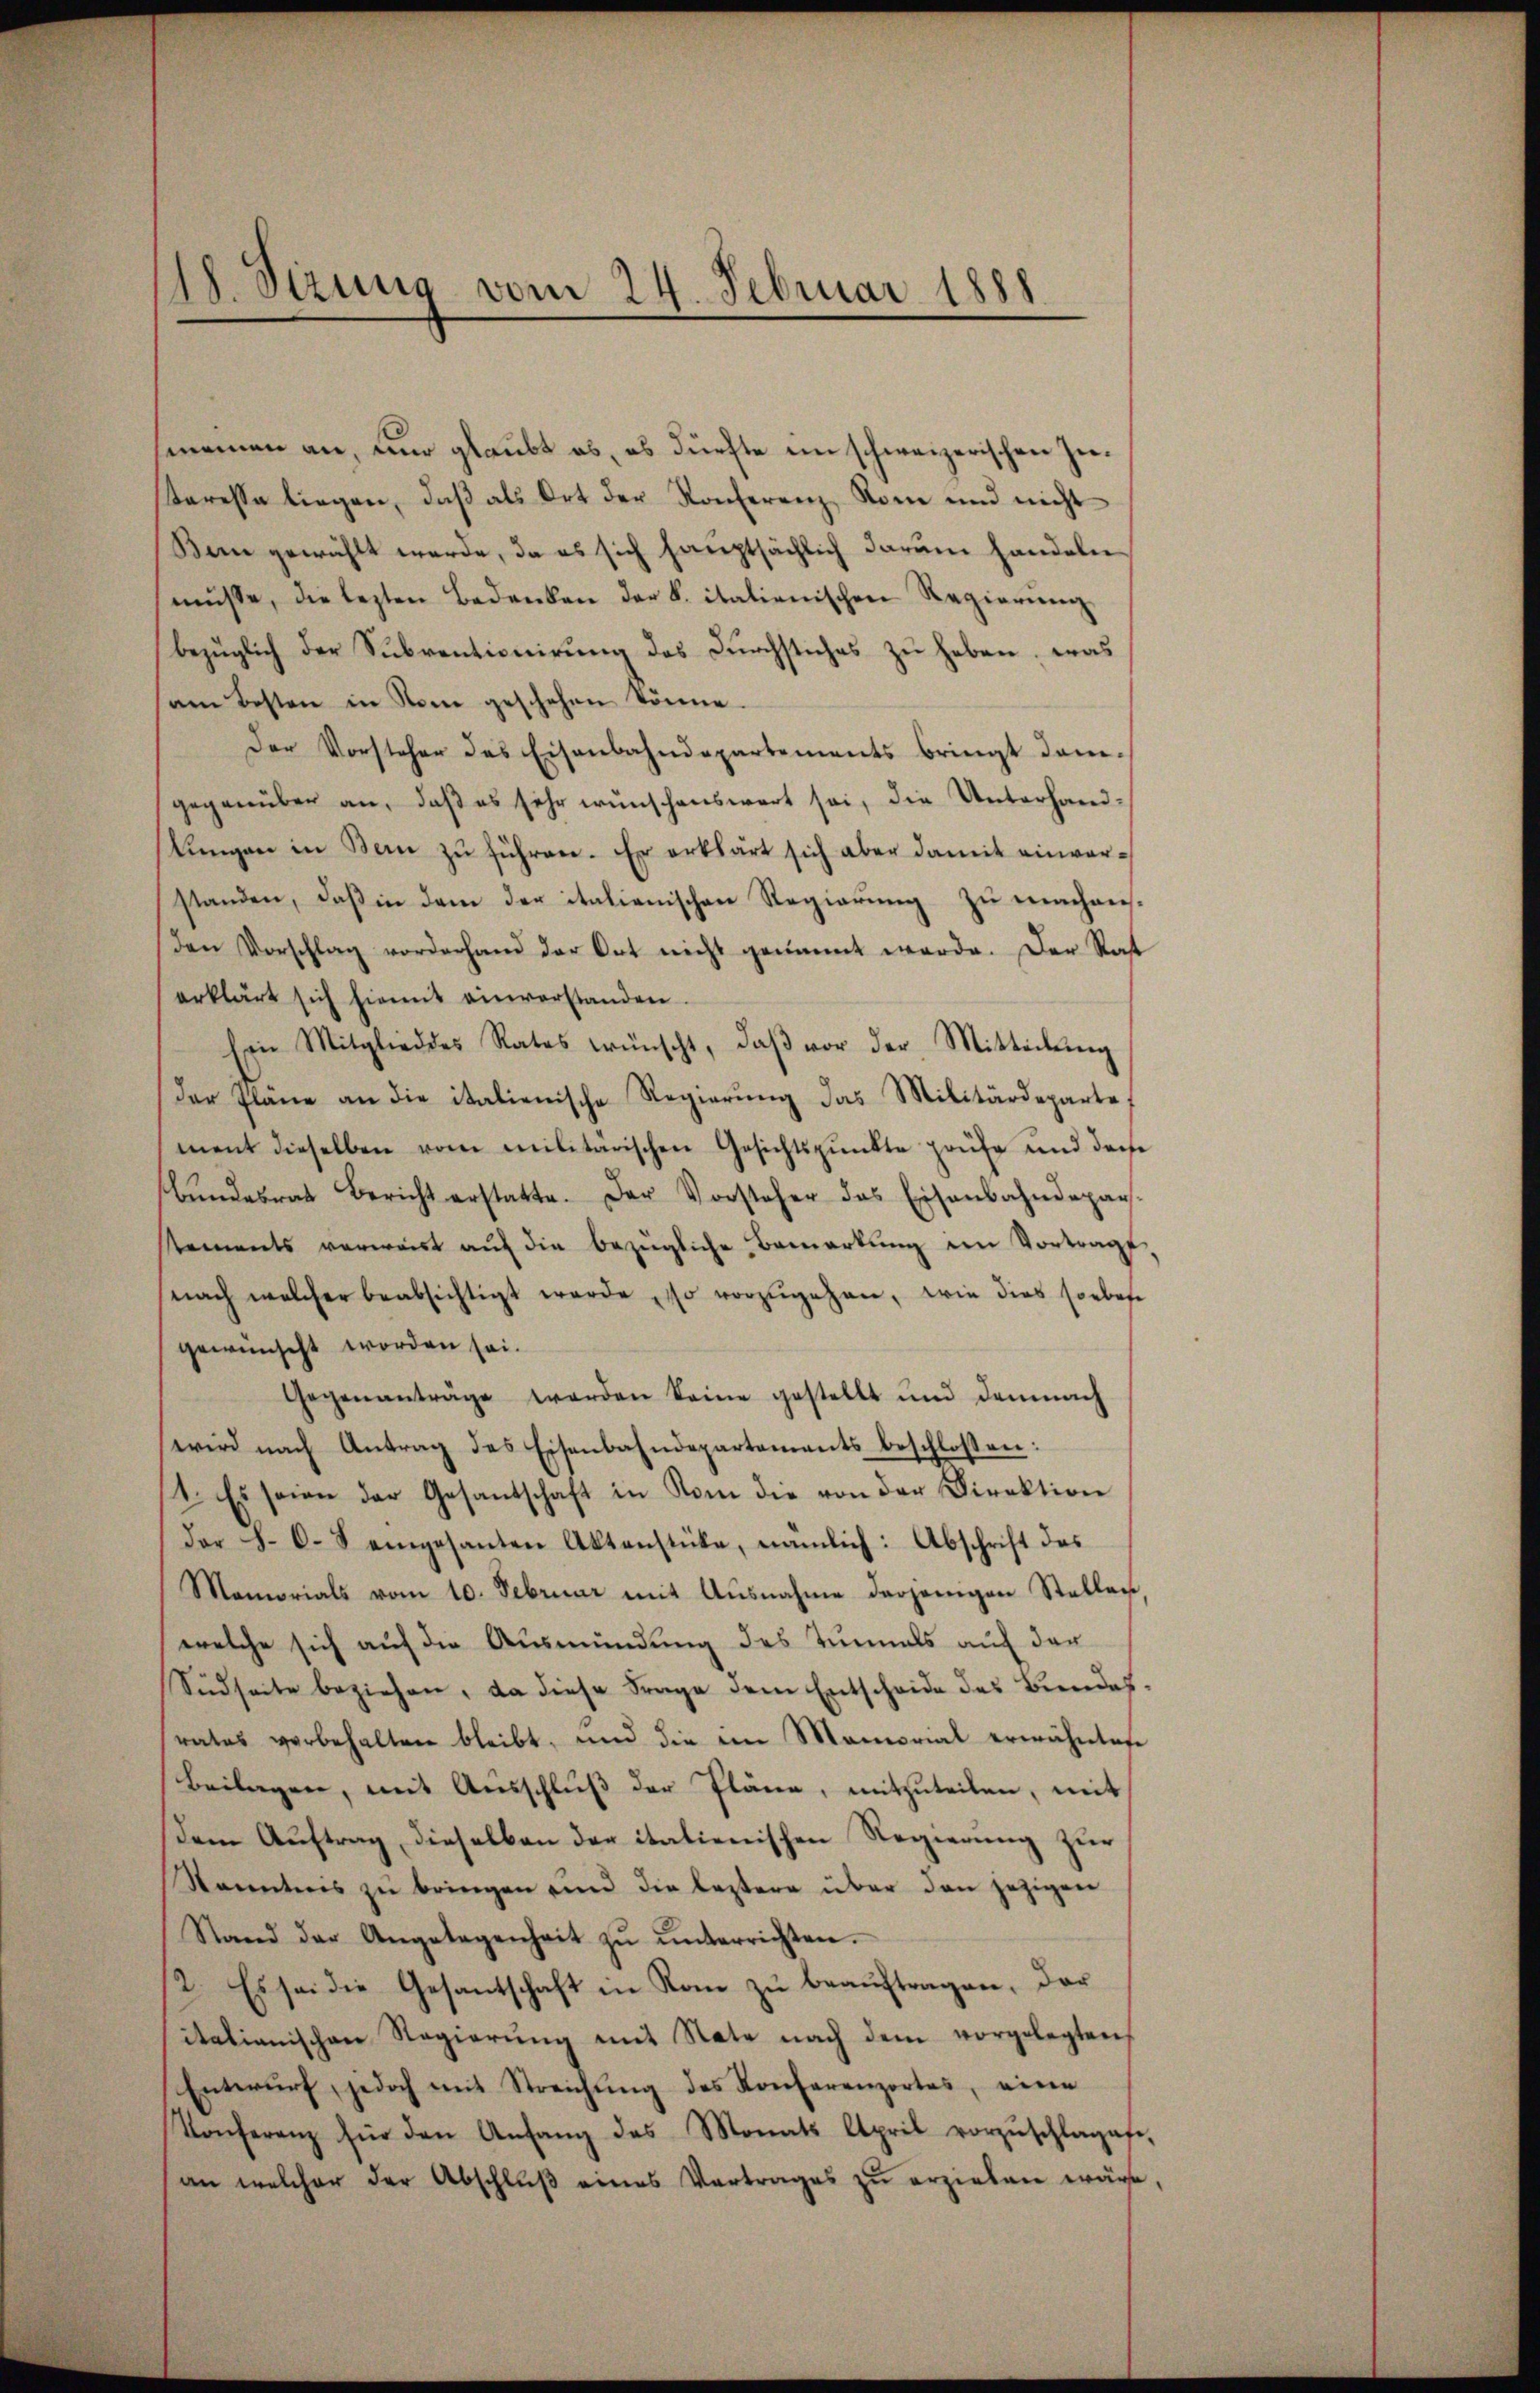
18. Sizung vom 24. Februar 1888.

meinen an, und glaubt es, es dürfte im schweizerischen Zuteresse liegen, daß als Ort der Konferenz Rom und nicht
Ben gewählt werde, da es sich hauptsächlich darum handeln
müsse, die lezten Bedenken der k. italienischen Regierŭng
bezüglich der Subventionirung des Durchstiches zu haben, was
am besten in Sonne geschehen könne.
Der Vorsteher des Eisenbahndepartements bringt dam
gegenüber an, daß es sehr wünschenswert sei, die Unterhandlŭngen in Bern zŭ führen. Er erklärt sich aber damit einverstanden, daß in dem der italienischen Regierung zu machens¬
Den Vorschlag vorderhand der Ort nicht genannt werde. Der Rat
erklärt sich hiemit einverstanden.
Ein Mitglied des Rates wünscht, daβ vor der Mitteilŭng
der Pläne an die italienische Regierŭng das Militärdeparte,
ment dieselben vom Militärischen Gesichtspunkte Haufe und doche
bŭndesrat Bericht erstatte. Der Vorsteher das Eisenbahndepar-
tements verweist aŭf die bezügliche Bemerkŭng im Vortrags
nach welcher beabsichtigt werde so vorzŭgehen, wie dies soebese
gewünscht worden sei.
Gegenanträge werden keine gestellt und demnach
wird nach Antrag des Eisenbahndepartements beschlossen:
1. Es seien der Gesandschaft in Rom die von der Direktion
der §. 6. 8 eingesanten Aktenstücke, nämlich: Abschrift des
Mamorials vom 10. Februar mit Ausnahme derjenigen Stellen
welche sich auf die Ausmündung des Tunnels auf der
Südseite beziehen, da diese Frage dem Entscheide des Beendesrates vorbehalten bleibt, und die im Memorial erwähntete
Beilagen, mit Ausschluß der Pläne, mitzuteilen, mit
dem Aŭftrag dieselben der italienischen Regierŭng zur
Kanntens zŭ bringen und die leztere über den jezigen
Stand der Angelegenheit zŭ ŭnterrichten.
2. Es sei die Gesantschaft in Rom zu beauftragen, das
italianischen Regierung mit Nate nach dem vorgelegten
Entwurf, jedoch mit Streichung des Konferenzortes, eine
Konferenz für den Anfang des Monats April vorzŭschlages.
an welcher der Abschlŭβ eines Vertrages zŭ erziehen wäre,